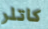
كاتلر